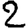
Digit: 2